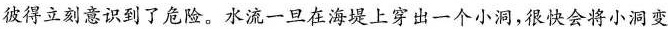
彼得立刻意识到了危险。水流一旦在海堤上穿出一个小洞，很快会将小洞变